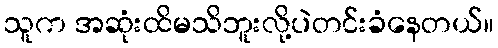
သူက အဆုံးထိမသိဘူးလို့ပဲတင်းခံနေတယ်။